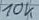
Text: 10K